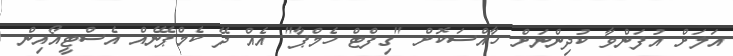
އަލަށް އުފަންވާ ކުދިންނަށް ހާއްސަކޮށް "ގިފްޓް ހެމްޕާ" އެއް ދޭ ކެމްޕޭނެއް އެސްޓީއޯއިން